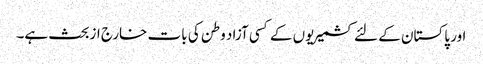
اور پاکستان کے لئے کشمیریوں کے کسی آزاد وطن کی بات خارج ازبحث ہے۔